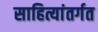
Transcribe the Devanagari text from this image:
साहित्यांतर्गत